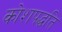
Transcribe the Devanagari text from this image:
कोशपद्धति